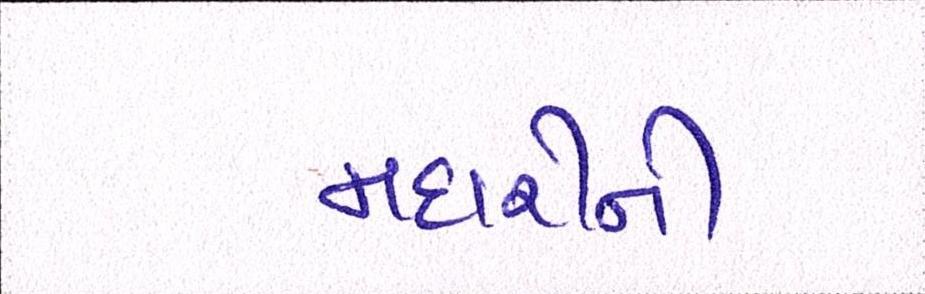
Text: મદારીની